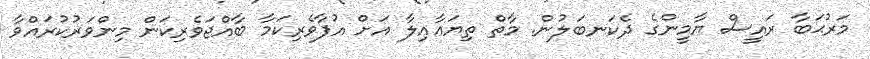
މަރުޙަބާ ރައީސް ޔާމީންގެ ދެކަނބަލުން. މާތް ތިޔަޢާއިލާ އަށް އުފާވެރިކަމާ ބާއްޖަވެރިކަން މިންވަރުކުރައްވާ